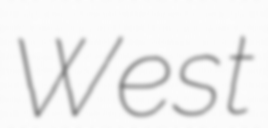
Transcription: West